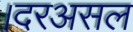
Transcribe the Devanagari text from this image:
।दरअसल